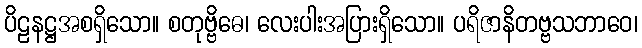
ပိဠနဋ္ဌအစရှိသော။ စတုဗ္ဗိဓေ၊ လေးပါးအပြားရှိသော။ ပရိဇာနိတဗ္ဗသဘာဝေ၊